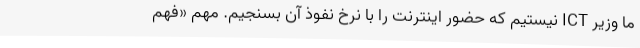
ما وزیر ICT نیستیم که حضور اینترنت را با نرخ نفوذ آن بسنجیم. مهم «فهم